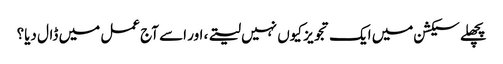
پچھلے سیکشن میں ایک تجویز کیوں نہیں لیتے، اور اسے آج عمل میں ڈال دیا؟